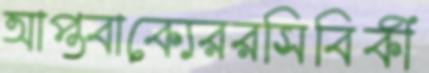
আপ্তবাক্যেররসিবিকী